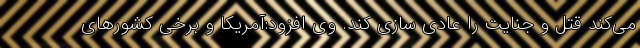
می‌کند قتل و جنایت را عادی سازی کند. وی افزود:آمریکا و برخی کشورهای